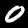
Digit: 0